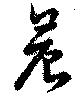
晨